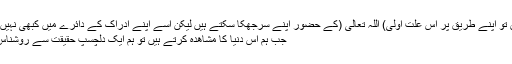
ہم اگر چاہیں تو اپنے طریق پر اس علت اولیٰ) اللہ تعالیٰ (کے حضور اپنے سرجھکا سکتے ہیں لیکن اسے اپنے ادراک کے دائرے میں کبھی نہیں لا سکتے “
جب ہم اس دنیا کا مشاھدہ کرتے ہیں تو ہم ایک دلچسپ حقیقت سے روشناس ہوتے ہیں۔